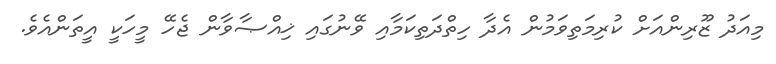
މިއަދު ޒޫރިންއަށް ކުރިމަތިވަމުން އެދާ ހިތްދަތިކަމާއި ވޭނުގައި ޚިއްޞާވާން ޖެހޭ މީހަކީ އީތަންއެވެ.